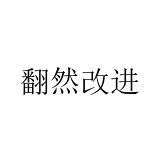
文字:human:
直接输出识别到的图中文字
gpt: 翻然改进